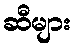
ဆီများ